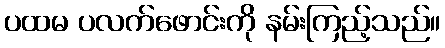
ပထမ ပလက်ဖောင်းကို နမ်းကြည့်သည်။